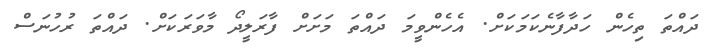
ދައްތަ ތިހެން ހަދާފާނެކަމަކަށް. އެހެންވީމަ ދައްތަ މަށަށް ފާރަލީދޯ މާވަރަކަށް. ދައްތަ ރުހުނަސް